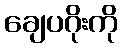
ချေပဂိုးကို